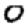
Digit: 0